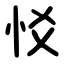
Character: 㤊